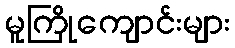
မူကြိုကျောင်းများ